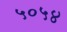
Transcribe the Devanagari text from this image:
५०५४